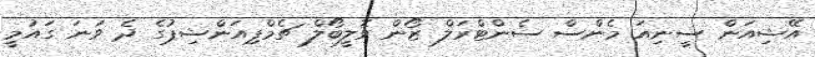
އޭޝިއަން ސީނިއަ މެންސް ސެންޓްރަލް ޒޯން ވޮލީބޯލް ޗެމްޕިއަންޝިޕުގެ ދެ ވަނަ ގައުމީ